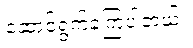
ဆောင်ရွက်ခဲ့ကြပါတယ်။